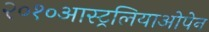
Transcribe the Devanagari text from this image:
२०१०आस्ट्रलियाओपेन